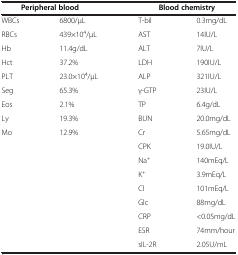
<table><thead><tr><td colspan="2"><b>Peripheral blood</b></td><td colspan="2"><b>Blood chemistry</b></td></tr></thead><tbody><tr><td>WBCs</td><td>6800/μL</td><td>T-bil</td><td>0.3mg/dL</td></tr><tr><td>RBCs</td><td>439×10<sup>4</sup>/μL</td><td>AST</td><td>14IU/L</td></tr><tr><td>Hb</td><td>11.4g/dL</td><td>ALT</td><td>7IU/L</td></tr><tr><td>Hct</td><td>37.2%</td><td>LDH</td><td>190IU/L</td></tr><tr><td>PLT</td><td>23.0×10<sup>4</sup>/μL</td><td>ALP</td><td>321IU/L</td></tr><tr><td>Seg</td><td>65.3%</td><td>γ-GTP</td><td>23IU/L</td></tr><tr><td>Eos</td><td>2.1%</td><td>TP</td><td>6.4g/dL</td></tr><tr><td>Ly</td><td>19.3%</td><td>BUN</td><td>20.0mg/dL</td></tr><tr><td>Mo</td><td>12.9%</td><td>Cr</td><td>5.65mg/dL</td></tr><tr><td> </td><td> </td><td>CPK</td><td>19.0IU/L</td></tr><tr><td> </td><td> </td><td>Na<sup>+</sup></td><td>140mEq/L</td></tr><tr><td> </td><td> </td><td>K<sup>+</sup></td><td>3.9mEq/L</td></tr><tr><td> </td><td> </td><td>Cl</td><td>101mEq/L</td></tr><tr><td> </td><td> </td><td>Glc</td><td>88mg/dL</td></tr><tr><td> </td><td> </td><td>CRP</td><td>&lt;0.05mg/dL</td></tr><tr><td> </td><td> </td><td>ESR</td><td>74mm/hour</td></tr><tr><td> </td><td> </td><td>sIL-2R</td><td>2.05U/mL</td></tr></tbody></table>